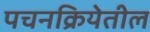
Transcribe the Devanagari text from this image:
पचनक्रियेतील